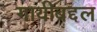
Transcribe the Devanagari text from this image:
गायीबद्दल